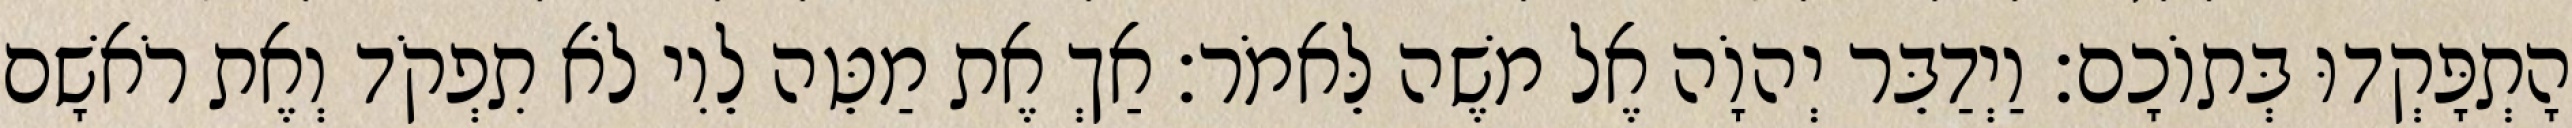
הָתְפָּקְדוּ בְּתוֹכָם׃ וַיְדַבֵּר יְהוָֹה אֶל משֶׁה לֵּאמֹר׃ אַךְ אֶת מַטֵּה לֵוִי לֹא תִפְקֹד וְאֶת רֹאשָׁם